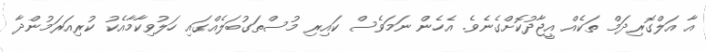
އާ އަލްގޮރިދަމް ތަކެއް އީޖާދުކޮށްގެނެވެ. އެހެން ނަމަވެސް ކައިރި މުސްތަގުބަލެއްގައި ހަލުވިކާމާއެކު ކުރިއަރަމުންދާ